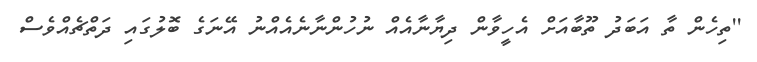
''ތިހެން ތާ އަބަދު ތޫބާއަށް އެހީވާން ދިޔާނާއެއް ނުހުންނާނެއެއްނު އޭނަގެ ބޮލުގައި ދަތްޗެއްވެސް